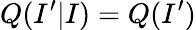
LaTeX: Q(I^{\prime}|I)=Q(I^{\prime})